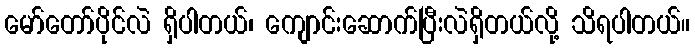
မော်တော်ပိုင်လဲ ရှိပါတယ်၊ ကျောင်းဆောက်ပြီးလဲရှိတယ်လို့ သိရပါတယ်။